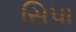
સિપા